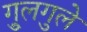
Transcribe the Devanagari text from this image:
गु्लगुले